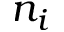
n _ { i }